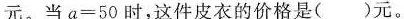
当a=50时，这件皮衣的价格是( )元。